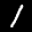
Label: 1